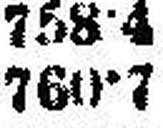
760•7